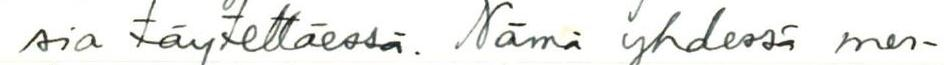
sia täytettäessä. Nämä yhdessä mer-